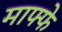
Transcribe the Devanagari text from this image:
माफ्फे